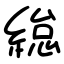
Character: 緿